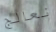
نعالج